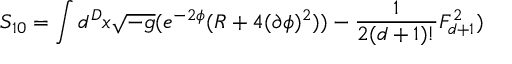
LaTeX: S _ { 1 0 } = \int d ^ { D } x \sqrt { - g } ( e ^ { - 2 \phi } ( R + 4 ( \partial \phi ) ^ { 2 } ) ) - \frac { 1 } { 2 ( d + 1 ) ! } F _ { d + 1 } ^ { 2 } )